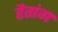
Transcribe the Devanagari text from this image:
हैतांग